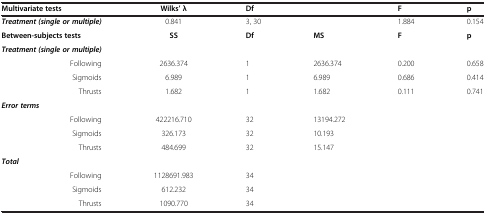
<table><thead><tr><td><b>Multivariate tests</b></td><td><b>Wilks’ λ</b></td><td><b>Df</b></td><td><b> </b></td><td><b>F</b></td><td><b>p</b></td></tr></thead><tbody><tr><td><b><i>Treatment (single or multiple)</i></b></td><td>0.841</td><td>3, 30</td><td> </td><td>1.884</td><td>0.154</td></tr><tr><td><b>Between-subjects tests</b></td><td><b>SS</b></td><td><b>Df</b></td><td><b>MS</b></td><td><b>F</b></td><td><b>p</b></td></tr><tr><td><b><i>Treatment (single or multiple)</i></b></td><td> </td><td> </td><td> </td><td> </td><td> </td></tr><tr><td>Following</td><td>2636.374</td><td>1</td><td>2636.374</td><td>0.200</td><td>0.658</td></tr><tr><td>Sigmoids</td><td>6.989</td><td>1</td><td>6.989</td><td>0.686</td><td>0.414</td></tr><tr><td>Thrusts</td><td>1.682</td><td>1</td><td>1.682</td><td>0.111</td><td>0.741</td></tr><tr><td><b><i>Error terms</i></b></td><td> </td><td> </td><td> </td><td> </td><td> </td></tr><tr><td>Following</td><td>422216.710</td><td>32</td><td>13194.272</td><td> </td><td> </td></tr><tr><td>Sigmoids</td><td>326.173</td><td>32</td><td>10.193</td><td> </td><td> </td></tr><tr><td>Thrusts</td><td>484.699</td><td>32</td><td>15.147</td><td> </td><td> </td></tr><tr><td><b><i>Total</i></b></td><td> </td><td> </td><td> </td><td> </td><td> </td></tr><tr><td>Following</td><td>1128691.983</td><td>34</td><td> </td><td> </td><td> </td></tr><tr><td>Sigmoids</td><td>612.232</td><td>34</td><td> </td><td> </td><td> </td></tr><tr><td>Thrusts</td><td>1090.770</td><td>34</td><td> </td><td> </td><td> </td></tr></tbody></table>